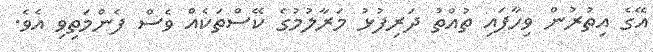
އޭގެ އިތުރުން ވިހާފައި ތުއްތު ދަރިފުޅު މަރާލުމުގެ ކޭސްތަކެއް ވެސް ފެންމަތިވި އެވެ.